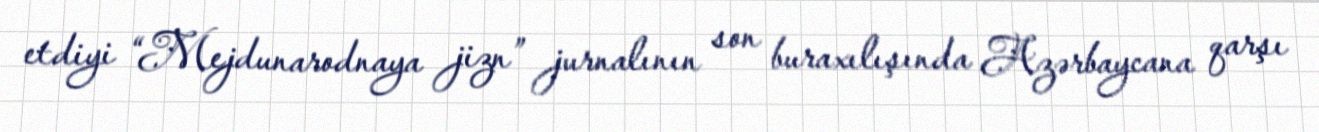
etdiyi “Mejdunarodnaya jizn” jurnalının son buraxılışında Azərbaycana qarşı